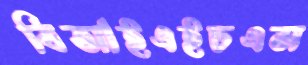
বিআইএইচএস